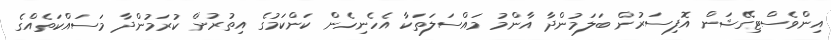
އިންވެސްޓިގޭޝަން އޮފިސަރުން ބަލަމުންދާ އާންމު މައްސަލަތަކާ އެހެނިހެން ކަންކަމުގެ އިތުރުން ކުރަމުންދާ މަސައްކަތެއްގެ